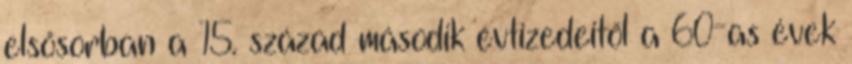
elsősorban a 15. század második évtizedeitől a 60-as évek